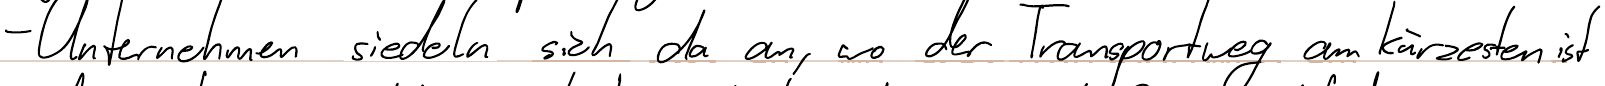
- Unternehmen siedeln sich da an, wo der Transportweg am kürzesten ist